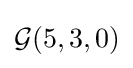
{\mathcal {G}}(5,3,0)